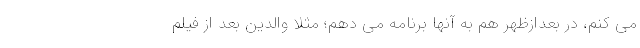
می کنم، در بعدازظهر هم به آنها برنامه می دهم؛ مثلا والدین بعد از فیلم